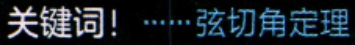
关键词！······弦切角定理